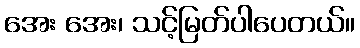
အေး အေး၊ သင့်မြတ်ပါပေတယ်။